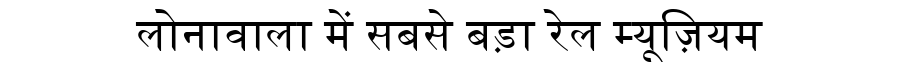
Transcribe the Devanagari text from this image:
लोनावाला में सबसे बड़ा रेल म्यूज़ियम